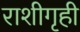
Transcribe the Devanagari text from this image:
राशीगृही